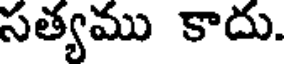
సత్యము కాదు.